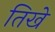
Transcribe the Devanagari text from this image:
तिखे